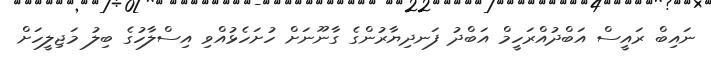
ނައިބް ރައީސް އަބްދުއްރަހީމް އަބްދު ފަނދިޔާރުންގެ ގާނޫނަށް ހުށަހެޅުއްވި އިސްލާހުގެ ބިލު މަޖިލީހަށް